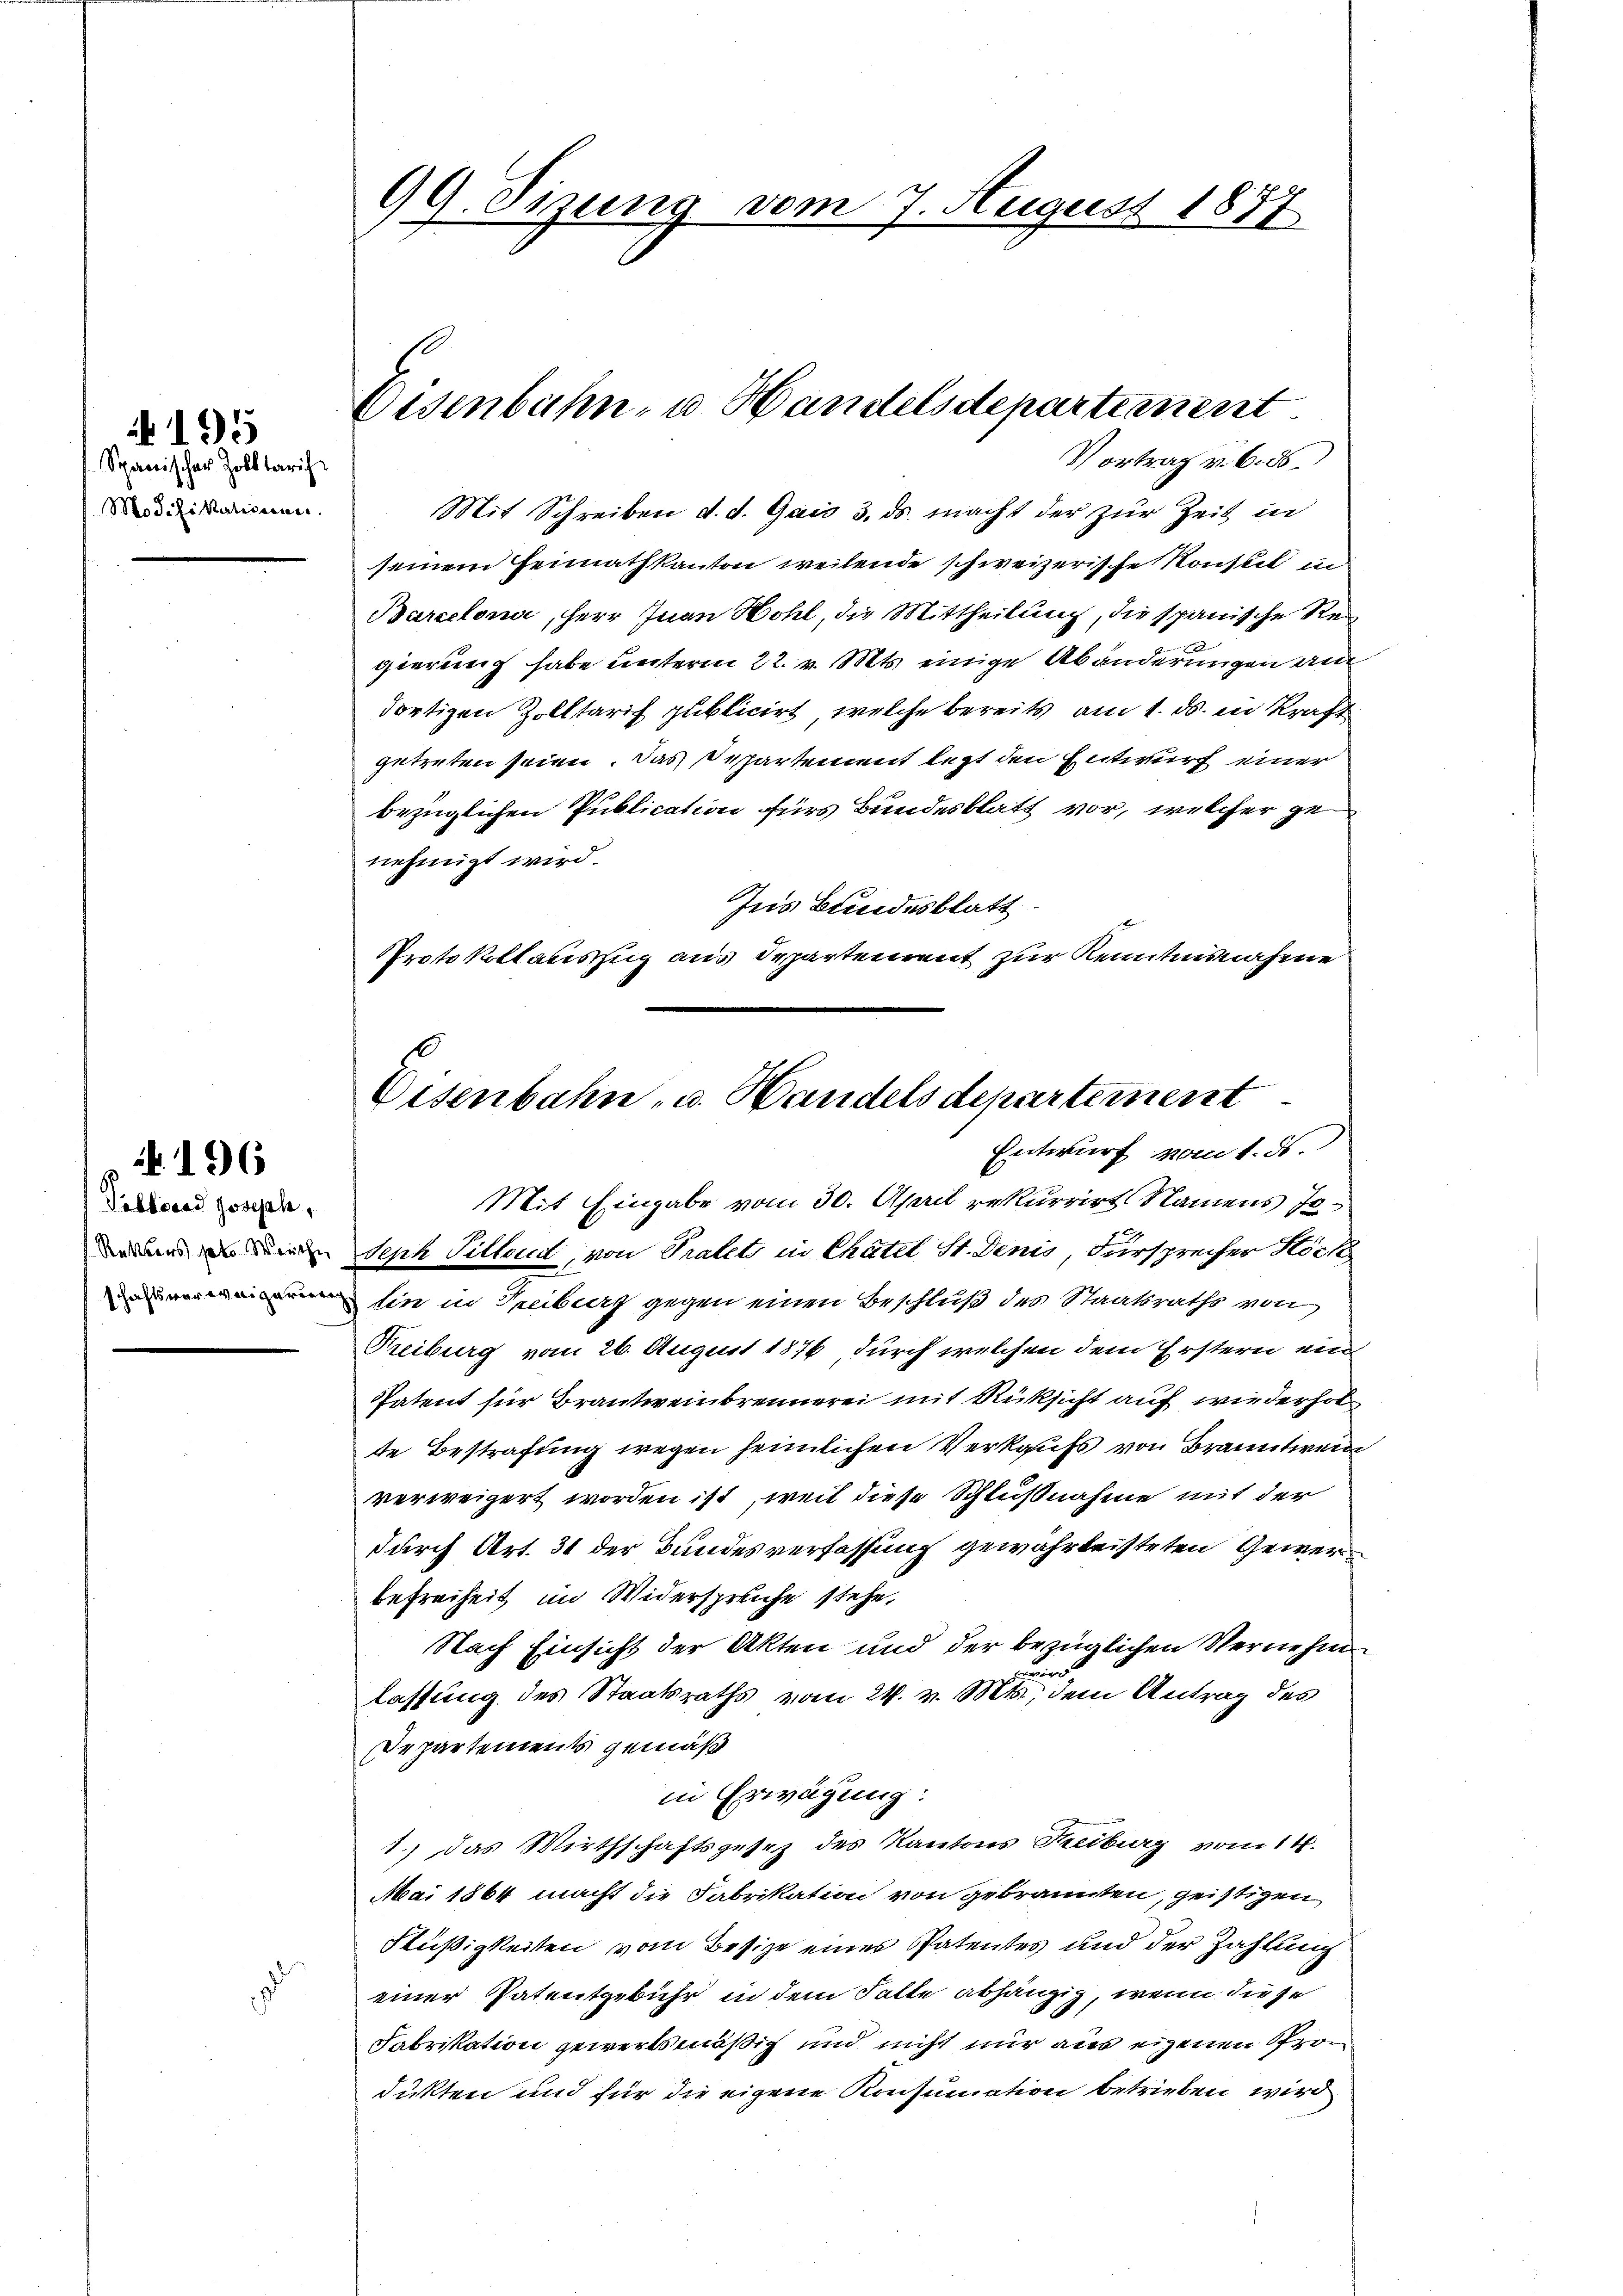
Spanischer Zolltarif
Modifikationen

N 195

196

.

Pelborod Joseph,
Rektors hat. Weiche
schaftsverweigeriereg

99. Sizung vom 7. August 1877

Eisenbahn- u. Handelsdepartement
Vortrag v. 6. ds.

Eisenbahn- u. Handels departement
Entwurf vom 1. ds.
Mit Eingabe vom 30. April rekurrirt Namens Jo¬

Mit Schreiben d. d. Gais 3. ds. macht der zur Zeit in
seinem Heimathkanton weilende schweizerische Konstet in
Barcelona, Herr Inan Hohl, die Mittheilung, die spanische Regierung habe unterm 22. v. Mts. einige Abänderungen an
dortigen Zolltarif publicirt, welche bereits am 1. ds. in Kraft
getreten seien. Das Departement lezt den Entwurf einer
bezüglichen Publication fürs Bundesblatt vor, welcher genehmigt wird.
Ins Bundesblatt
Protokollauszug aus Departement zur Kenntnisnahme
Seph Pillect, von Pratets in Chatel St. Denis, Fürsprecher Höck
lin in Treiburg gegen einen Beschluß des Staatsraths von
Treiburg vom 26. August 1876 durch welchen dem Erstern ein
Tatent für Brantweinbrennerei mit Rücksicht auf wiederhol
te Bestrafung wegen heimlichen Verkaufs von Branntweid
verweigert worden ist, weil diese Schlußnahme mit der
durch Art. 31 der Bundesverfassung gewährleisteten Gewerbefreiheit im Widerspruche stehe,
Nach Einsicht der Akten und der bezüglichen Vernehm
un
lassung des Staatsraths vom 24. v. Mts., dem Antrag des
Departements gemäß
in Erwägung:
1.) Das Wirthschaftsgesetz des Kantons Treiburg vom 14.
Mai 1864 macht die Fabrikation von gebrannten, geistigen
Flüßigkeiten vom Besize einer Patentes und der Zahlung
einer Patentgebühr in dem Falle abhängig, wenn diese
Fabrikation gewertsmäßig und nicht nur aus eigenen Produkten und für die eigene Konsumation betrieben wird